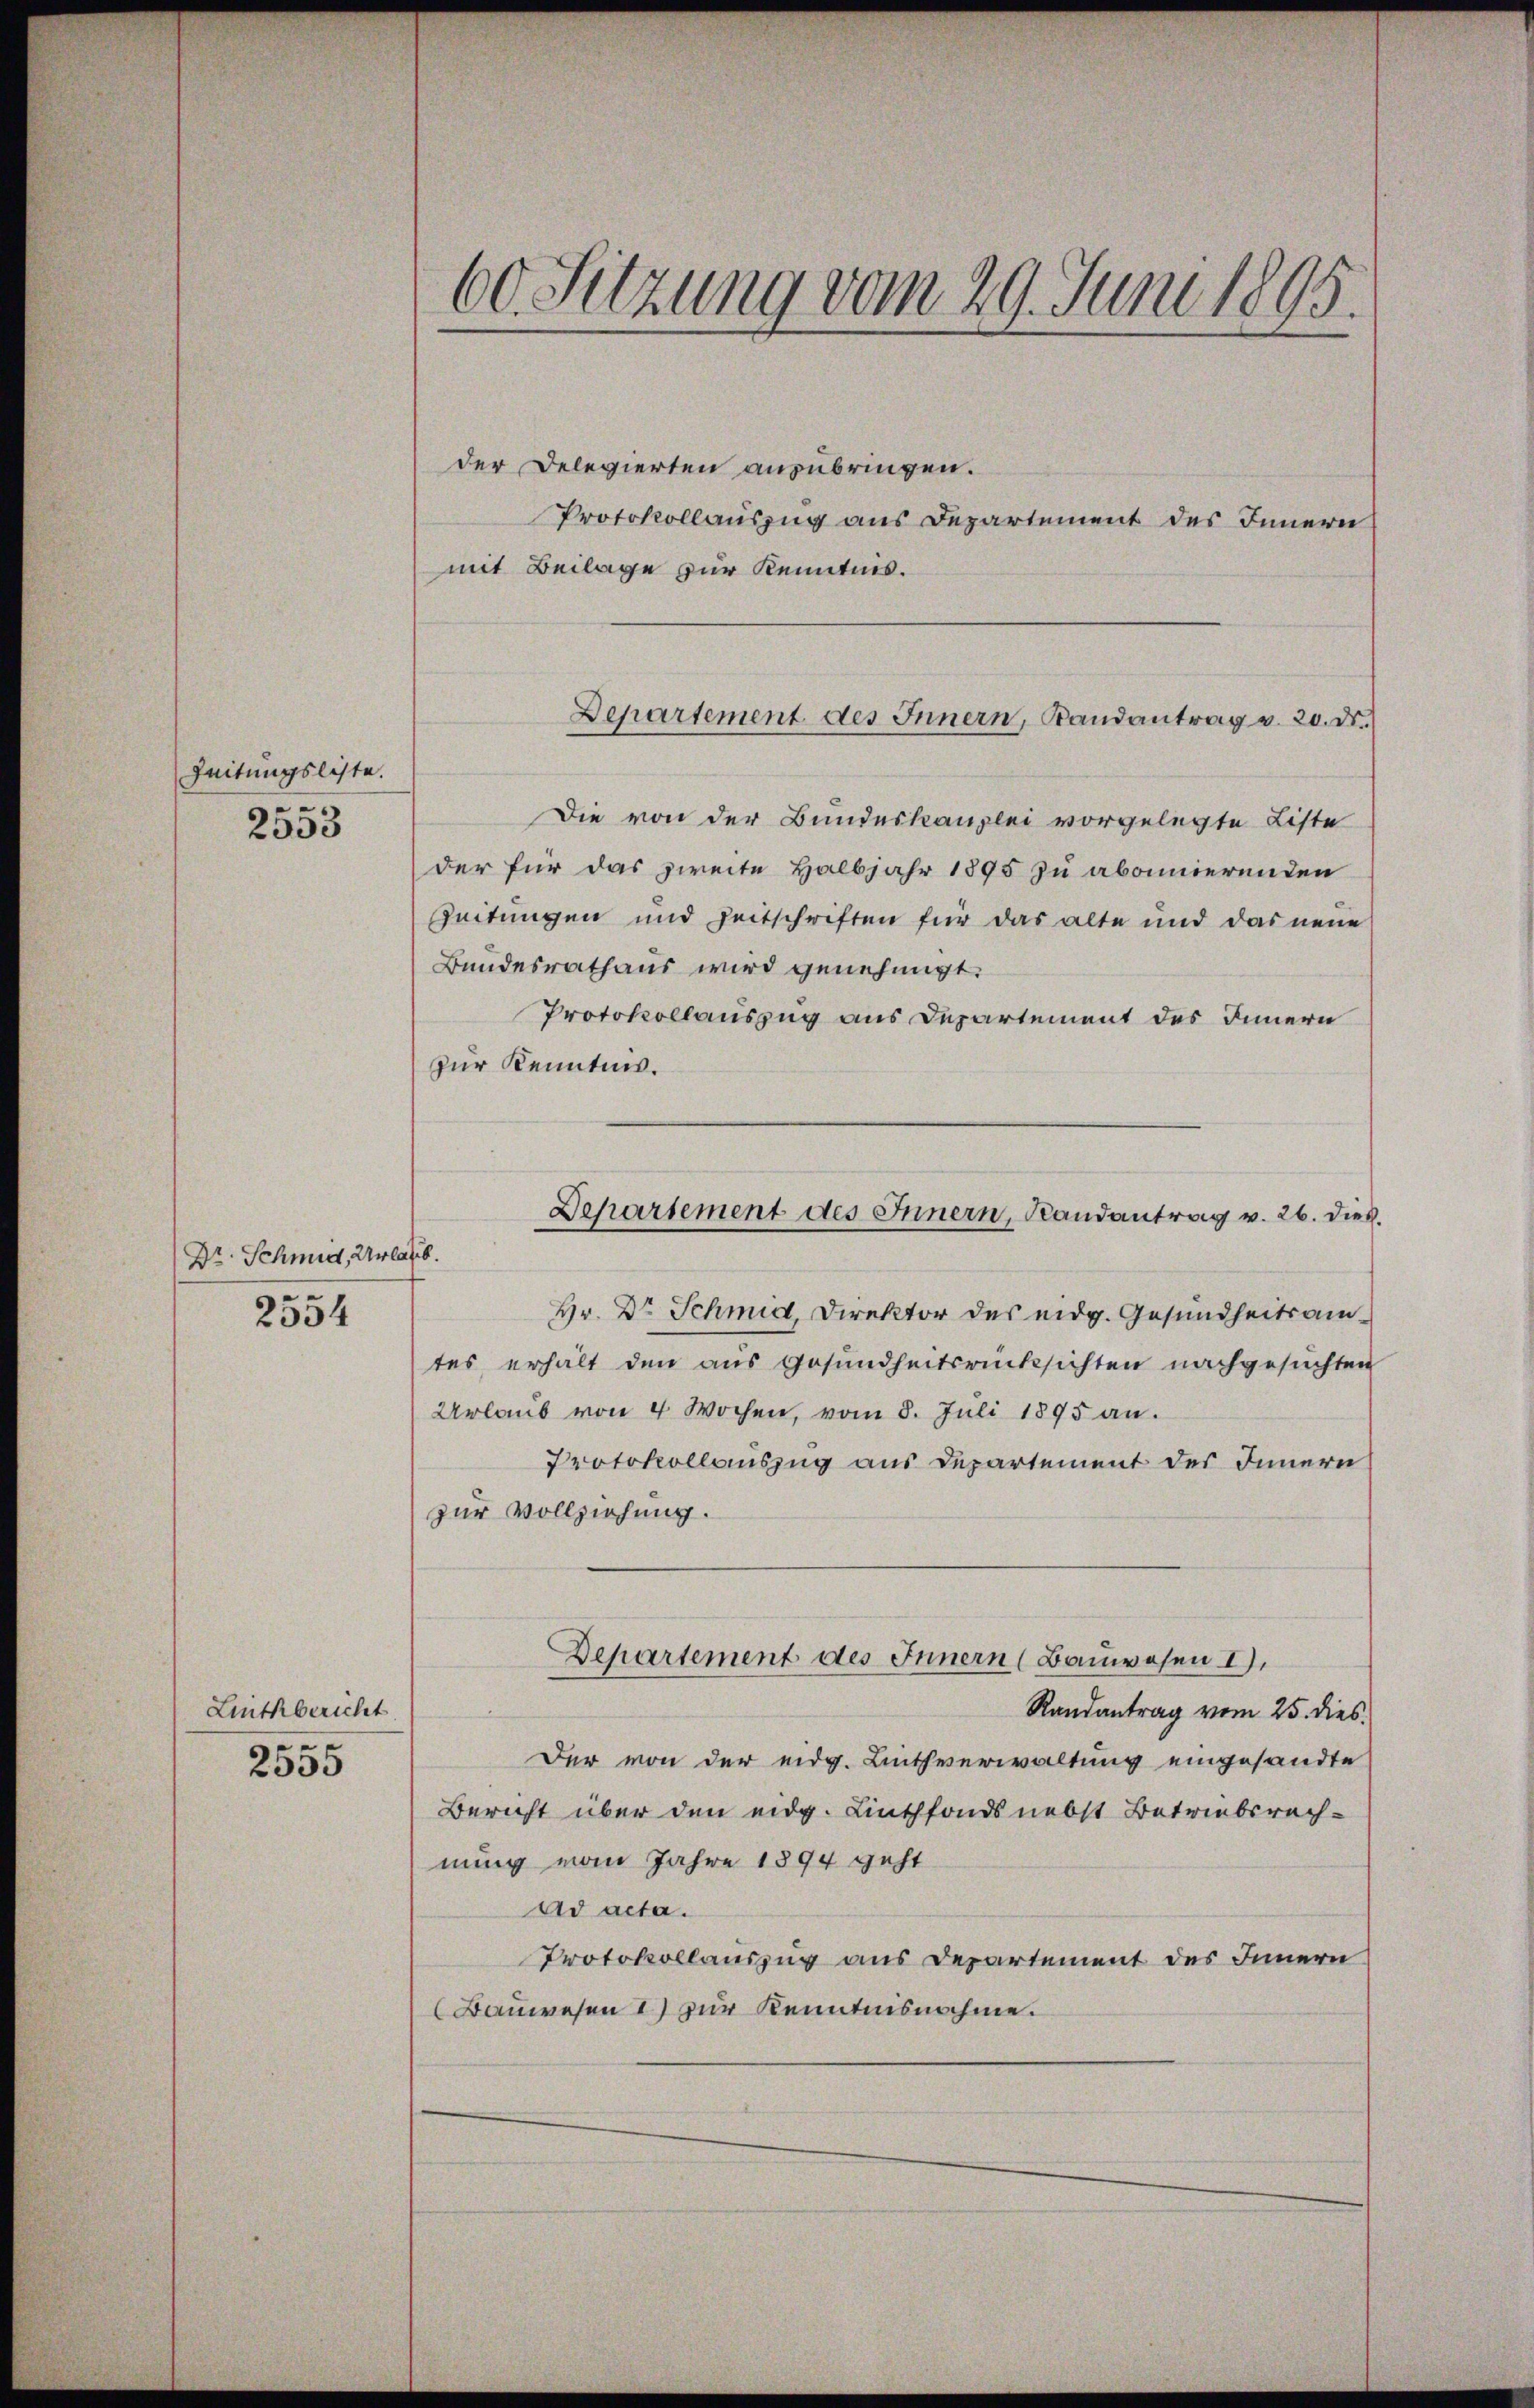
Zeitungsliste.
u
2353

Dr. Schmid, Urla
2554

Linthbericht

2555

60. Sitzung vom 29. Juni 1895.

der Delegierten anzubringen.
Protokollauszug aus Departement des Innern
mit Beilage zur Kenntnis.
Die von der Bundeskanzlei vorgelegte Liste
der für das zweite Halbjahr 1895 zu abonnierenden
Zeitungen und Zeitschriften für das alte und das neue
Bundesrathaus wird genehmigt.
Protokollauszug aus Departement des Innern
zur Kenntnis.
sb.
Hr. Dr Schmid, Direktor des eidg. Gesundheitsamtes erhält den aus Gesundheitsrücksichten nachgesuchten
Urlaub von 4 Wochen, vom 8. Juli 1895 an.
Protokollauszug aus Departement des Innern
zur Vollziehung.
Departement des Innern (Bauwesen I.
Randantrag vom 25. dies
Der von der eidg. Linthverwaltung eingesandte
Bericht über den eidg. Linthfonds nebst Betriebsrechnung vom Jahre 1894 geht
Ad acta.
Protokollauszug aus Departement des Innern
Bauwesen 1) zur Kenntnisnahme.

Departement des Innern, Randantrag v. 20. Dr.

Departement des Innern, Landantrag v. 26. dies